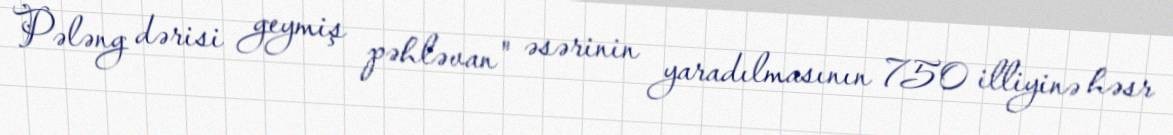
Pələng dərisi geymiş pəhləvan" əsərinin yaradılmasının 750 illiyinə həsr